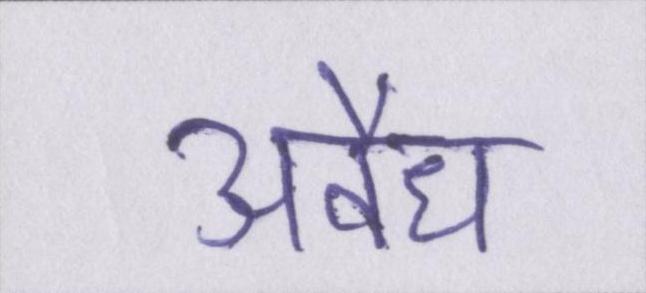
अवैध